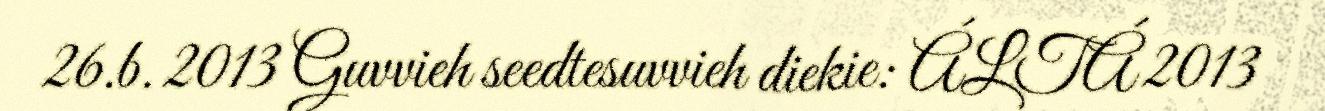
26.b. 2013 Guvvieh seedtesuvvieh diekie: ÁLTÁ 2013